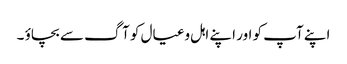
اپنے آپ کو اور اپنے اہل وعیال کو آگ سے بچاؤ ۔